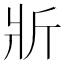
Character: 斨